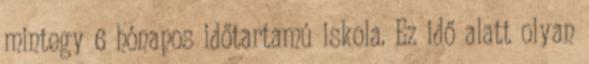
mintegy 6 hónapos időtartamú iskola. Ez idő alatt olyan